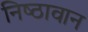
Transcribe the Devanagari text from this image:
निष्‍ठावान